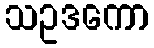
သဥဒကော